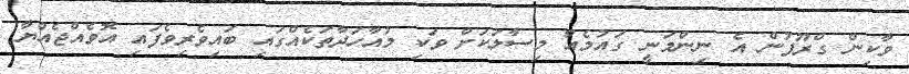
ވާކިން ގްރޫޕުން އެ ނިންމަނީ ގައުމެއް މިސާލަކަށް ވަކި މުއާހަދާތަކެއްގައި ބައިވެރިވެފައި އޮވެއްޖެއްޔާ